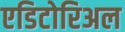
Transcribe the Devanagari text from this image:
एडिटोरिअल